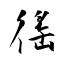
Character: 徭